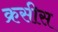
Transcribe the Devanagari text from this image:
क्रसीस